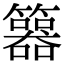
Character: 𥷇